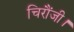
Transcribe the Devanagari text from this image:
चिरौंजी।